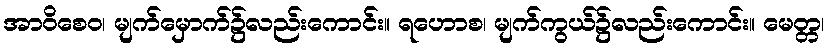
အာဝိစေဝ၊ မျက်မှောက်၌လည်းကောင်း။ ရဟောစ၊ မျက်ကွယ်၌လည်းကောင်း။ မေတ္တ၊